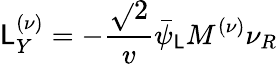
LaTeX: {\cal\mathsf{L}}_{Y}^{(\nu)}=-\frac{{\sqrt{}{{2}}}}{{v}}\bar{{\psi}}_{\mathsf{L}}M^{(\nu)}\nu_{R}